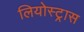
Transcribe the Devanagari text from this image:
लियोस्ट्रास